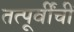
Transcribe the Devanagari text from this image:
तत्पूर्वींचीं